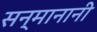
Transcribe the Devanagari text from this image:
सन्मानानी